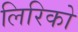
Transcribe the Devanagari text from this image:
लिरिको